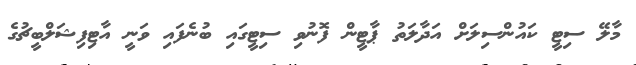
މާލޭ ސިޓީ ކައުންސިލަށް އަދާލަތު ޕާޓީން ފޮނުވި ސިޓީގައި ބުނެފައި ވަނީ އާޓިފިޝަލްބީޗުގެ